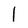
Character: 1